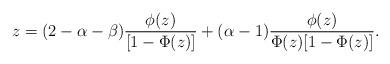
LaTeX: \begin{align*}z=(2-\alpha-\beta)\frac{\phi(z)}{[1-\Phi(z)]}+(\alpha-1)\frac{\phi(z)}{\Phi(z)[1-\Phi(z)]}.\end{align*}